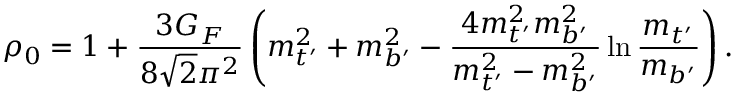
\rho _ { 0 } = 1 + \frac { 3 G _ { F } } { 8 { \sqrt 2 } \pi ^ { 2 } } \left( m _ { t ^ { \prime } } ^ { 2 } + m _ { b ^ { \prime } } ^ { 2 } - \frac { 4 m _ { t ^ { \prime } } ^ { 2 } m _ { b ^ { \prime } } ^ { 2 } } { m _ { t ^ { \prime } } ^ { 2 } - m _ { b ^ { \prime } } ^ { 2 } } \ln \frac { m _ { t ^ { \prime } } } { m _ { b ^ { \prime } } } \right) .